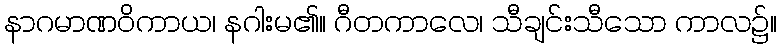
နာဂမာဏဝိကာယ၊ နဂါးမ၏။ ဂီတကာလေ၊ သီချင်းသီသော ကာလ၌။